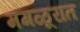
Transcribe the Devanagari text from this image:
मंगळूरात